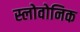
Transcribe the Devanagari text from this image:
स्लोवोनिक